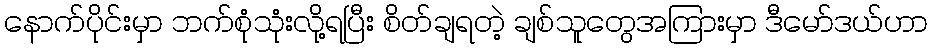
နောက်ပိုင်းမှာ ဘက်စုံသုံးလို့ရပြီး စိတ်ချရတဲ့ ချစ်သူတွေအကြားမှာ ဒီမော်ဒယ်ဟာ